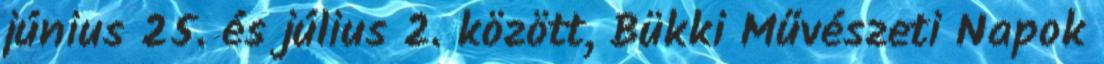
június 25. és július 2. között, Bükki Művészeti Napok